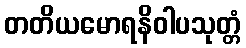
တတိယမောရနိဝါပသုတ္တံ